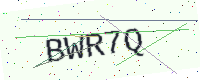
Text: BWR7Q